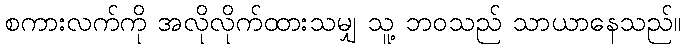
စကားလက်ကို အလိုလိုက်ထားသမျှ သူ့ ဘဝသည် သာယာနေသည်။